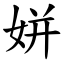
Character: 姘